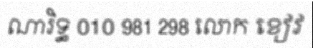
ណារិទ្ធ 010 981 298 លោក ខៀវ